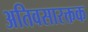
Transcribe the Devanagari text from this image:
अतिवसारक्तक